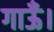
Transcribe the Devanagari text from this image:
गाऊँ।